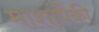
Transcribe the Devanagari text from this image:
माशांपैकी